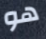
هو